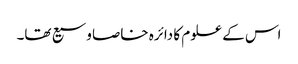
اس کے علوم کا دائرہ خاصا وسیع تھا۔